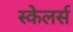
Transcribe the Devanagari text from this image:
स्केलर्स